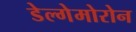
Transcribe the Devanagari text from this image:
डेल्गेमोरोन